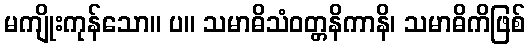
မကျိုးကုန်သော။ ပ။ သမာဓိသံဝတ္တနိကာနိ၊ သမာဓိကိဖြစ်